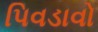
પિવડાવો